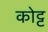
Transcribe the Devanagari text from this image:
कोट्ट